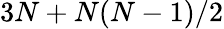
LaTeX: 3N+N(N-1)/2